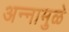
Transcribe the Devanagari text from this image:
अन्नामुळे